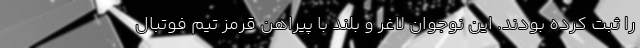
را ثبت کرده بودند. این نوجوان لاغر و بلند با پیراهن قرمز تیم فوتبال